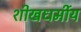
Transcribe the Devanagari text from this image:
शीखधर्मीय